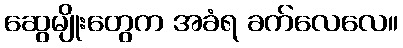
ဆွေမျိုးတွေက အခံရ ခက်လေလေ။